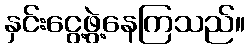
နှင်းငွေ့ဖွဲ့နေကြသည်။